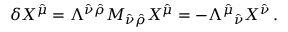
\delta X ^ { \hat { \mu } } = \Lambda ^ { \hat { \nu } \hat { \rho } } M _ { \hat { \nu } \hat { \rho } } X ^ { \hat { \mu } } = - \Lambda ^ { \hat { \mu } } { } _ { \hat { \nu } } X ^ { \hat { \nu } } \, .